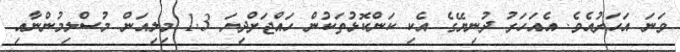
ވަނަ އަހަރުއެވެ. އެއަހަރު ދުނިޔޭގެ އެކި ކަންކޮޅުތަކުން ހައްޖަށްދިޔަ 1.3 މިލިއަން މުސްލިމުންނާއި